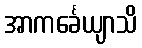
အာကင်္ခေယျာသိ